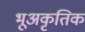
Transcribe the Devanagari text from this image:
भूअकृतिक